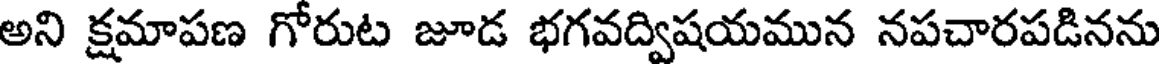
అని క్షమాపణ గోరుట జూడ భగవద్విషయమున నపచారపడినను